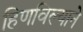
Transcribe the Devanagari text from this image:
हिणविल्याने